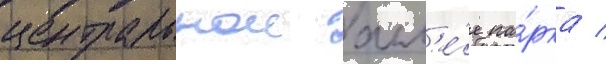
центральнои алл'е́е па́рка /